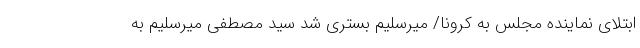
ابتلای نماینده مجلس به کرونا/ میرسلیم بستری شد سید مصطفی میرسلیم به